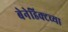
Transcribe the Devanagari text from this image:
बेनेडिक्टच्या